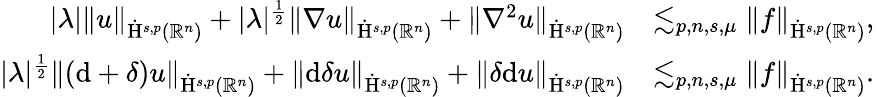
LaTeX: \begin{array}{rl}{\lvert\lambda\rvert\lVert u\rVert_{\dot{\mathrm{H}}^{s,p}(\mathbb{R}^{n})}+\lvert\lambda\rvert^{\frac{1}{2}}\lVert\nabla u\rVert_{\dot{\mathrm{H}}^{s,p}(\mathbb{R}^{n})}+\lVert\nabla^{2}u\rVert_{\dot{\mathrm{H}}^{s,p}(\mathbb{R}^{n})}}&{\lesssim_{p,n,s,\mu}\lVert f\rVert_{\dot{\mathrm{H}}^{s,p}(\mathbb{R}^{n})}\mathrm{,~}}\\ {\lvert\lambda\rvert^{\frac{1}{2}}\lVert(\mathrm{d}+\delta)u\rVert_{\dot{\mathrm{H}}^{s,p}(\mathbb{R}^{n})}+\lVert\mathrm{d}\delta u\rVert_{\dot{\mathrm{H}}^{s,p}(\mathbb{R}^{n})}+\lVert\delta\mathrm{d}u\rVert_{\dot{\mathrm{H}}^{s,p}(\mathbb{R}^{n})}}&{\lesssim_{p,n,s,\mu}\lVert f\rVert_{\dot{\mathrm{H}}^{s,p}(\mathbb{R}^{n})}\mathrm{.~}}\end{array}